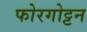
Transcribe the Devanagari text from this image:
फोरगोट्टन